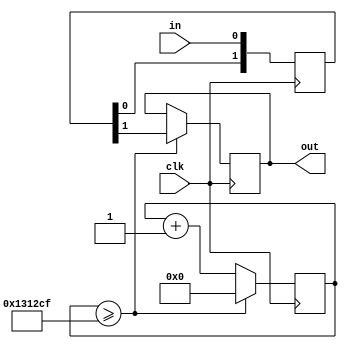
module Debounce
(
	input 		clk,//50mhz
	input 		in,
	output reg 	out
);
//
reg [1:0]input_buffer;
reg [20:0]counter;
	always@(posedge clk)begin//Synchronous input signal
		input_buffer[0] <= in;
		input_buffer[1] <= input_buffer[0];
	end
	
	always@(posedge clk)begin
		if(counter >= (1250000 - 1))begin//0-1
			counter	<=	0;
			out		<=	input_buffer[1];
		end else begin
			out		<=	out;//
			counter	<=	counter + 1'b1;
		end
	end
	
endmodule